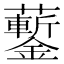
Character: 𧅀